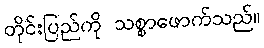
တိုင်းပြည်ကို သစ္စာဖောက်သည်။